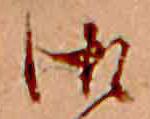
御